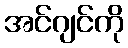
အင်ဂျင်ကို